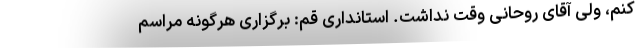
کنم، ولی آقای روحانی وقت نداشت. استانداری قم: برگزاری هرگونه مراسم